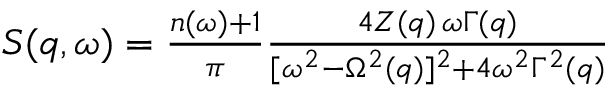
\begin{array} { r } { S ( q , \omega ) = \frac { n ( \omega ) + 1 } { \pi } \frac { 4 Z ( q ) \, \omega \Gamma ( q ) } { [ \omega ^ { 2 } - \Omega ^ { 2 } ( q ) ] ^ { 2 } + 4 \omega ^ { 2 } \Gamma ^ { 2 } ( q ) } } \end{array}